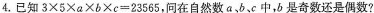
4.已知 $$3 \times 5 \times a \times b \times c = 2 3 5 6 5$$ ，问在自然数a、b、c中，b是奇数还是偶数?